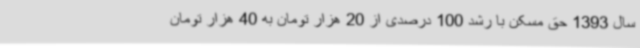
سال 1393 حق مسکن با رشد 100 درصدی از 20 هزار تومان به 40 هزار تومان